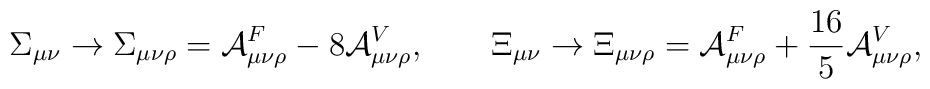
\Sigma _{\mu \nu }\rightarrow \Sigma _{\mu \nu \rho }={\cal A}_{\mu \nu \rho}^{F}-8{\cal A}_{\mu \nu \rho }^{V},\qquad \Xi _{\mu \nu }\rightarrow \Xi_{\mu \nu \rho }={\cal A}_{\mu \nu \rho }^{F}+{\frac{16}{5}}{\cal A}_{\mu\nu \rho }^{V},